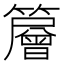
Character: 𥶰